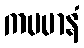
ကမမာနံ